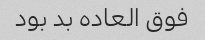
فوق العاده بد بود